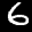
Label: 6